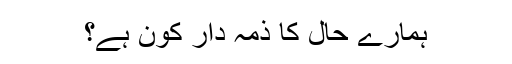
ہمارے حال کا ذمہ دار کون ہے؟